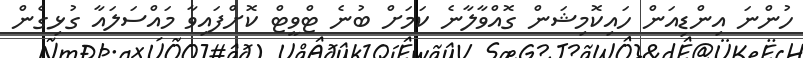
ހުންނަ އިންޑިއަން ހައިކޮމިޝަން ގޮއްވާލާނެ ކަމަށް ބުނެ ޓްވީޓް ކޮށްފައިވާ މައްސަލައާ ގުޅިގެން